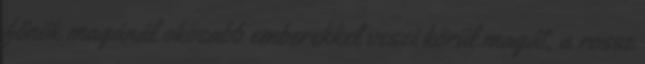
főnök magánál okosabb emberekkel veszi körül magát, a rossz